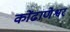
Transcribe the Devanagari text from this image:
कोंढाणेश्वर